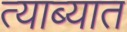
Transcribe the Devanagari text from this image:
त्याब्यात